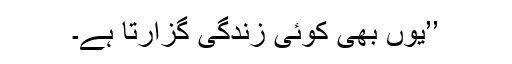
’’یوں بھی کوئی زندگی گزارتا ہے۔